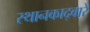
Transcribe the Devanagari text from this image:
स्थानकाद्वारे